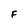
Character: F